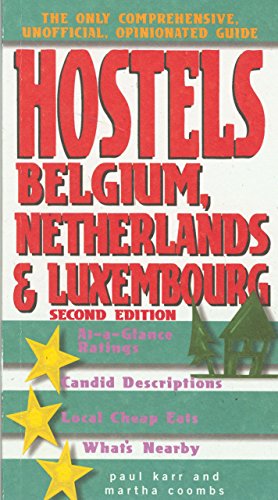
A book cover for Hostels Belgium, Netherlands & Luxembourg, 2nd: The Only Comprehensive, Unofficial, Opinionated Guide (Hostels Series); Martha Coombs; Travel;